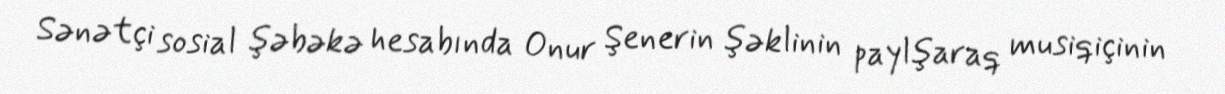
Sənətçi sosial şəbəkə hesabında Onur Şenerin şəklinin paylşaraq musiqiçinin